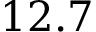
1 2 . 7